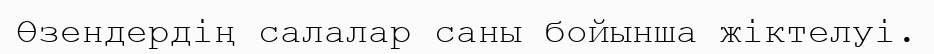
Өзендердің салалар саны бойынша жіктелуі.